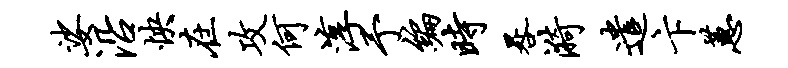
娑沿怏在攻何淳予编时晷漪遣卞蕙